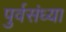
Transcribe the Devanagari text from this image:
पुर्वसंध्या